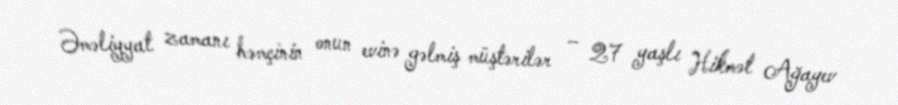
Əməliyyat zamanı həmçinin onun evinə gəlmiş müştərilər – 27 yaşlı Hikmət Ağayev